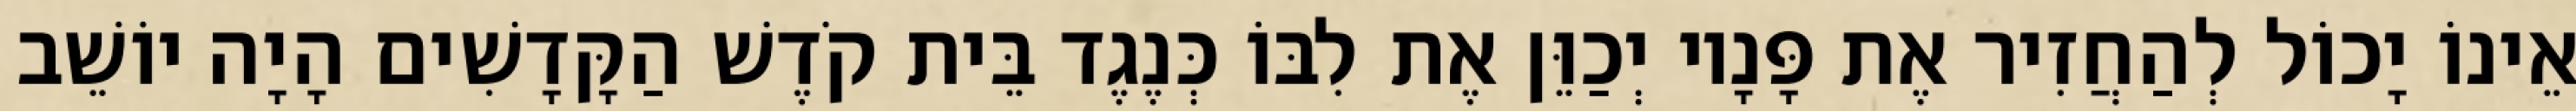
אֵינוֹ יָכוֹל לְהַחֲזִיר אֶת פָּנָיו יְכַוֵּן אֶת לִבּוֹ כְּנֶגֶד בֵּית קֹדֶשׁ הַקָּדָשִׁים הָיָה יוֹשֵׁב